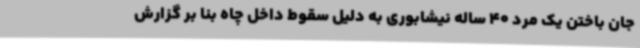
جان باختن یک مرد 40 ساله نیشابوری به دلیل سقوط داخل چاه بنا بر گزارش